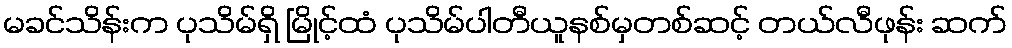
မခင်သိန်းက ပုသိမ်ရှိ မြိုင့်ထံ ပုသိမ်ပါတီယူနစ်မှတစ်ဆင့် တယ်လီဖုန်း ဆက်